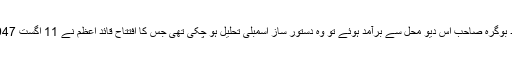
چند گھنٹے بعد بوگرہ صاحب اس دیو محل سے برآمد ہوئے تو وہ دستور ساز اسمبلی تحلیل ہو چکی تھی جس کا افتتاح قائد اعظم نے 11 اگست 1947ءکو کیا تھا۔